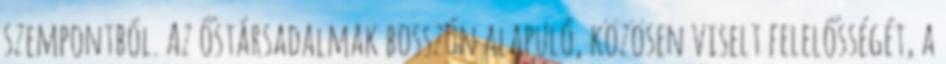
szempontból. Az őstársadalmak bosszún alapuló, közösen viselt felelősségét, a